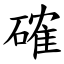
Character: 確